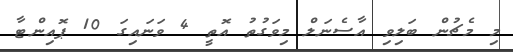
މި މެޗުން ބަލިވި އާސެނަލް މިވަގުތު އޮތީ 4 ވަނައިގަ 10 ޕޮއިންޓާ